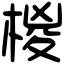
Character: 椶